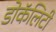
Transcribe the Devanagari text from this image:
डोकॅलिटी